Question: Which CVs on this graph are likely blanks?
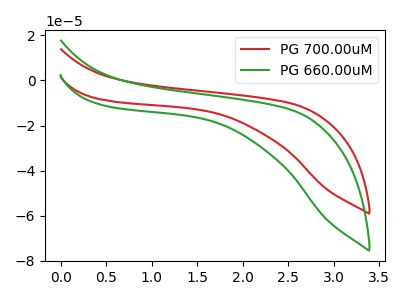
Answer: <think>The red curve "PG 700.00uM" has no peaks. The green curve "PG 660.00uM" has no peaks.</think>
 <answer>"PG 700.00uM" and "PG 660.00uM" are likely to be blanks.</answer>
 <eval>"PG 700.00uM", "PG 660.00uM"</eval>